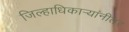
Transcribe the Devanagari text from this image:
जिल्हाधिकार्‍यांनीतर